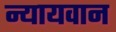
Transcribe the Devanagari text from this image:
न्यायवान